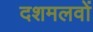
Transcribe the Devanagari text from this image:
दशमलवों